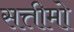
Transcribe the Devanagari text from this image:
सत्तीमो